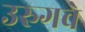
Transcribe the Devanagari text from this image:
उरुगवे